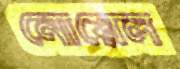
নোয়েল